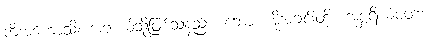
ကိံအဟောသိ၊ အဘယ်သို့ဖြစ်သနည်း။ ဘော၊ အိုအချင်းတို့။ အစ္ဆရိယံဝတ၊